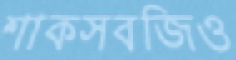
শাকসবজিও